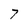
Character: 7